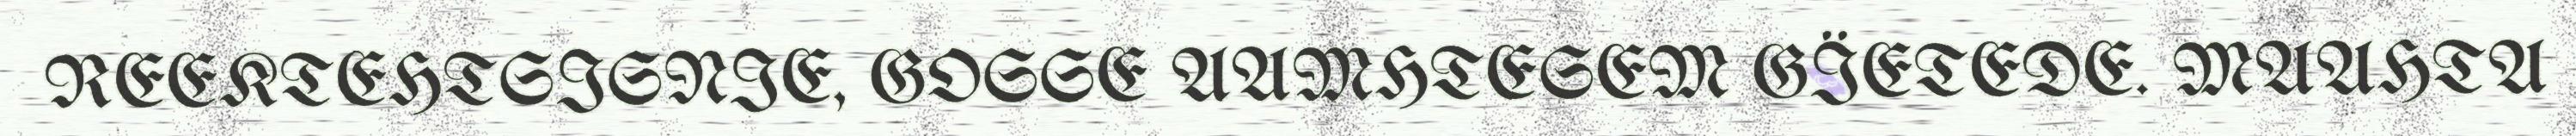
REEKTEHTSISNIE, GOSSE AAMHTESEM GÏETEDE. MAAHTA